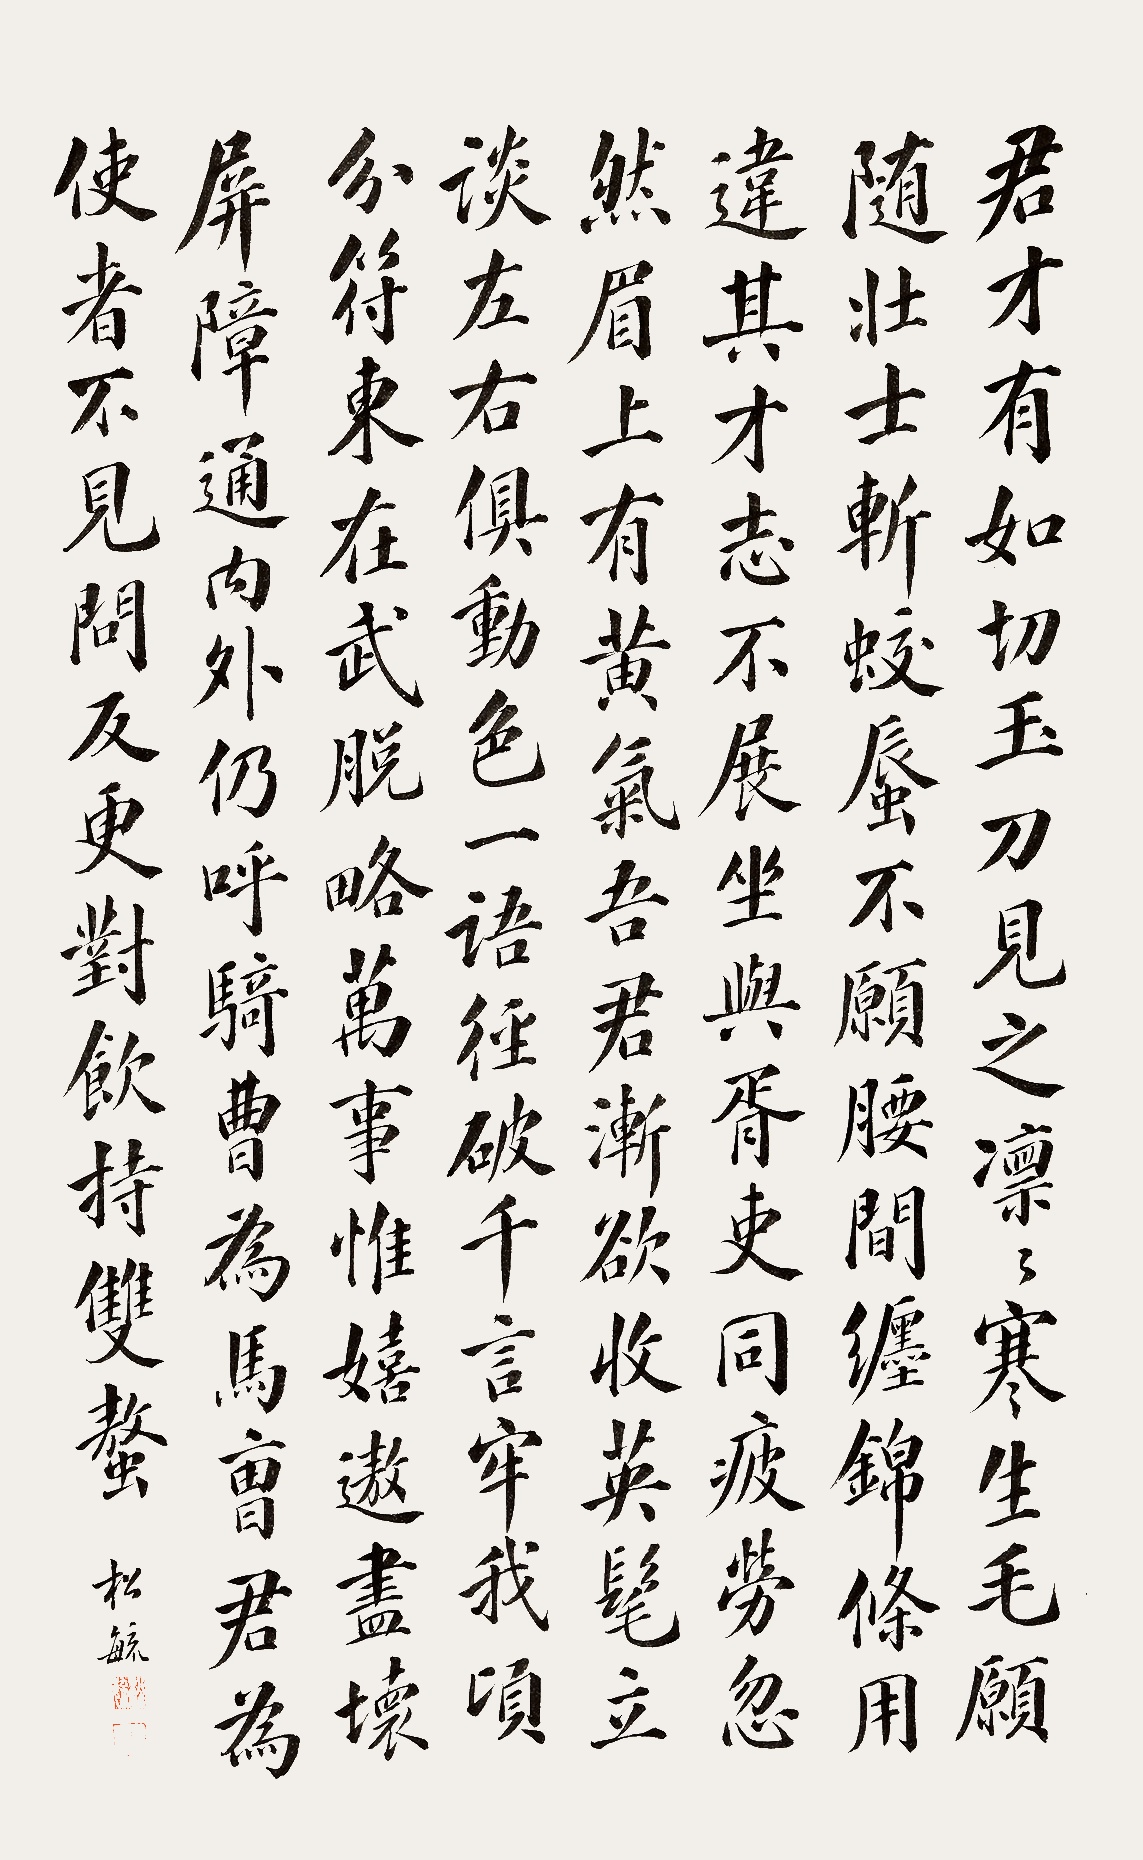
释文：君才有如切玉刀，见之凛凛寒生毛。愿随壮士斩蛟蜃，不愿腰间缠锦条。用违其才志不展，坐与吏胥同疲劳。忽然眉上有黄气，吾君欲渐收英髦。立谈左右俱动色，一语径破千言牢。我顷分符东在武，脱略万事惟嬉遨。尽坏屏障通内外，仍呼骑曹为马曹。君为使者不见问，反更对饮持双螯。松毓。